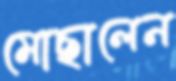
মোছালেন